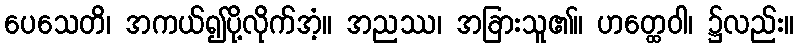
ပေသေတိ၊ အကယ်၍ပို့လိုက်အံ့။ အညဿ၊ အခြားသူ၏။ ဟတ္ထေဝါ၊ ၌လည်း။